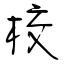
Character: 校